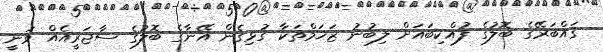
ގައްބަރޭގެ ބޮލުގެ ފުއްކިބައަށް ލިބުނު ޒަޚަމްތަކާ ގުޅިގެން އޭނާގެ ބޮލުގެ ސާޖަރީއެއް ވަނީ